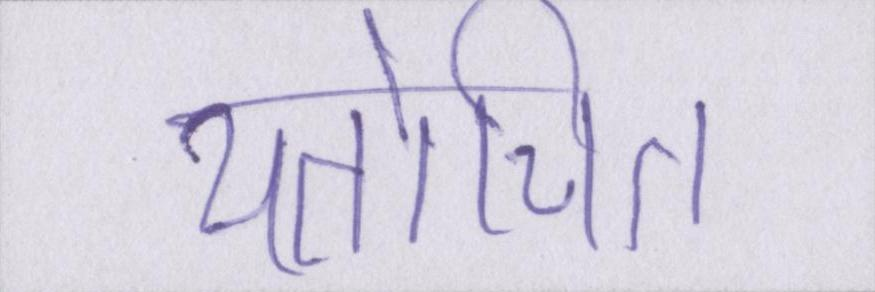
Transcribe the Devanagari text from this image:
यतोचित